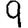
Digit: 9